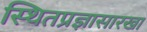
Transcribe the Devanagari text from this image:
स्थितप्रज्ञासारखा